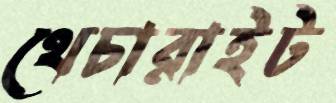
থেচারাইট